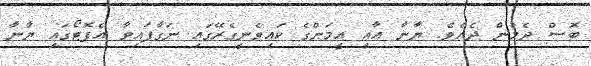
ބޮސް ދެމުން ދެއެވެ. ޔާނާ އާއި އީމަންގެ ކައިވެނީގެރޭގައި ނަގާފައިވާ އެފޮޓޯގައި ޔާނާ